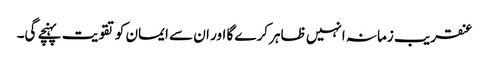
عنقریب زمانہ انہیں ظاہر کرے گا اور ان سے ایمان کو تقویت پہنچے گی۔